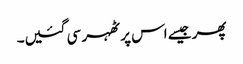
پھر جیسے اس پر ٹھہر سی گئیں۔